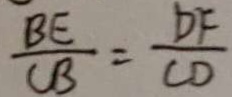
\frac { B E } { C B } = \frac { D F } { C D }